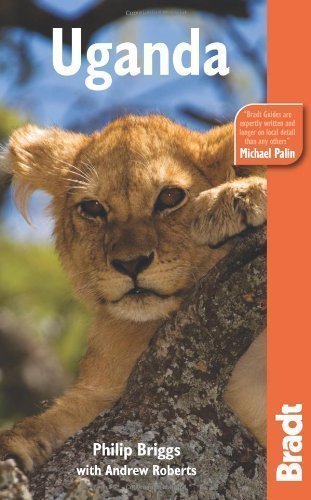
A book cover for Bradt Travel Guide Uganda 6TH EDITION [PB,2010]; Philip Briggs; Travel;